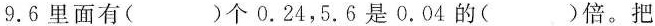
9.6里面有()个0.24，5.6是0.04的()倍。把